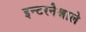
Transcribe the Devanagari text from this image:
इन्टरनैश्नाले